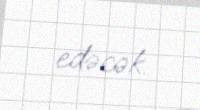
edəcək.